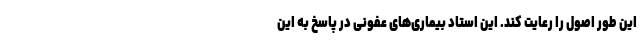
این طور اصول را رعایت کند. این استاد بیماری‌های عفونی در پاسخ به این